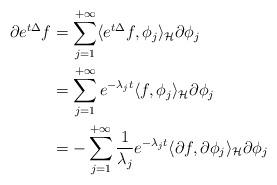
LaTeX: \begin{align*}\partial e^{t \Delta } f & =\sum_{j=1}^{+\infty} \langle e^{t\Delta} f , \phi_j \rangle_\mathcal{H} \partial \phi_j \\ &=\sum_{j=1}^{+\infty} e^{-\lambda_j t} \langle f , \phi_j \rangle_\mathcal{H} \partial \phi_j \\ &=- \sum_{j=1}^{+\infty} \frac{1}{\lambda_j} e^{-\lambda_j t} \langle \partial f , \partial \phi_j \rangle_\mathcal{H} \partial \phi_j\end{align*}